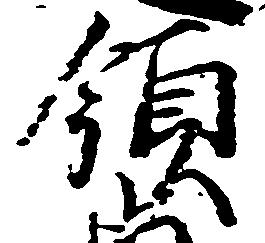
領